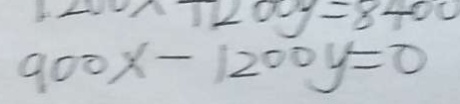
9 0 0 x - 1 2 0 0 y = 0